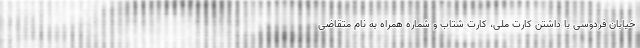
خیابان فردوسی با داشتن کارت ملی، کارت شتاب و شماره همراه به نام متقاضی